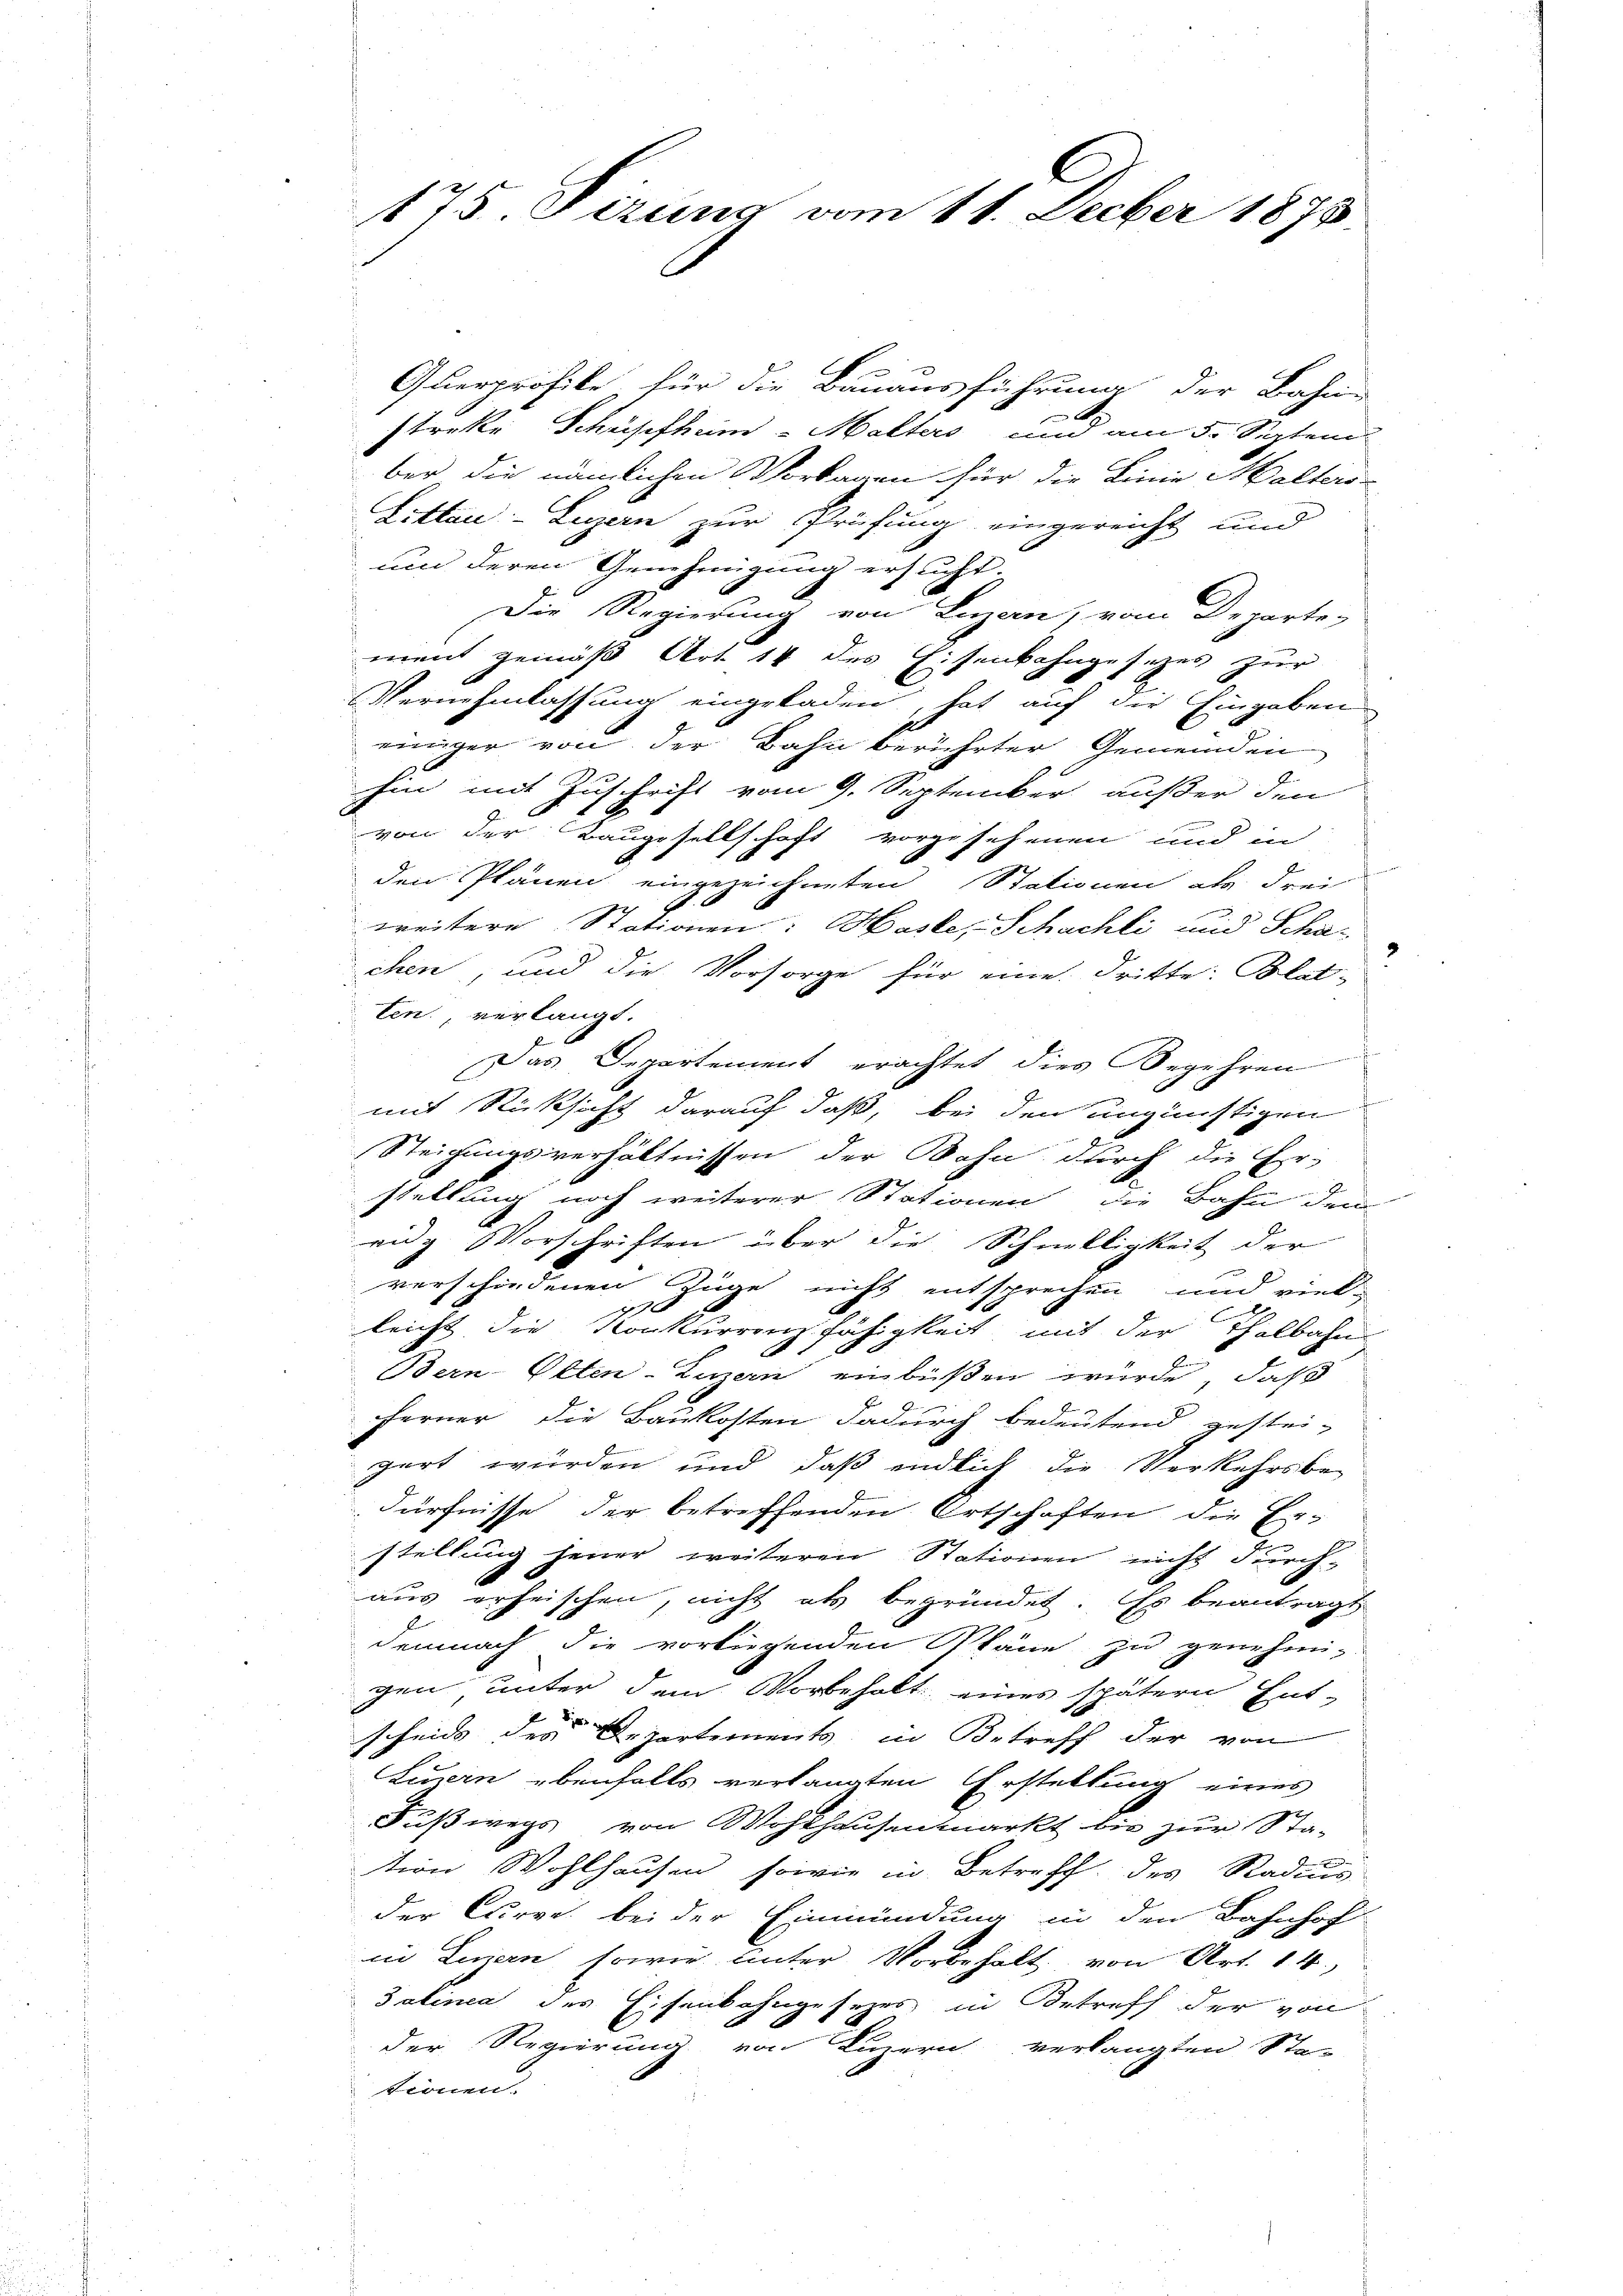
Querprofile für die Bauausführung der Bahn-
f
streke Schriffheim - Malters und am 5. Septem
ber die nämlichen Vorbagen für die Linie Malters-
Litten - Ligern zur Prüfung eingereicht und
und deren Genehmigung ersucht.
Die Regierung von Luzern, vom Departe-
ment gemäß Art. 14 des Eisenbahngesezes zur
Vernehmlassung eingeladen, hat auf die Eingaben
einiger von der Bahn berührter Gemeinden
hin mit Zuschrift vom 9. September außer den
von der Baugesellschaft vorzusehenen und in
den Plänen eingezeichneten Stationen als drei
weitere Stationen: Hasle, Schachli und Scha
chen, und die Vorsorge für eine dritte: Blatten. verlangt.
Das Departement erachtet dies Begehren
mit Rücksicht darauf daß, bei den ungünstigen
Steigungsverhältnissen der Bahn durch die Er-
stellung noch weiterer Stationen die Bahn den
vidg Vorschriften über die Schnelligkeit der
verschiedenen Züge nicht entsprechen und viel-
48
.
leicht die Konkurrenzfähigkeit mit der Thalbahn
Bern-Olten-Linern einbüßen würde, daß
fferner die Baukosten dadurch bedeutend gestei-
gert würden und daß endlich die Verkehrsbe-
dürfnisse der betreffenden Ortschaften die Er-
stellung feuer weiteren Stationen nicht durch-
1
aus erheischen, nicht als begründet. Es beantragt
E
demnach die vorliegenden kann zu genehmi-
gen, unter dem Vorbehalt eines spätern Ent-
scheid der Departements, in Betreff der von
Euern ebenfalls verlangten Erstellung eines
Fußwegs von Wohlhausenmarkt bis zur Sta-
tion Wohlhausen, sowie in Betreff des Stadius
der Curve bei der Einmündung in den Bahnhof-
in Luzern, sowie unter Vorbehält von Art. 14,
Zalinea des Eisenbahngesezes in Betreff der von
der Regierung von Luzern verlangten Sta-
tionen.

175. Fizung vom 11. Decber 1873.